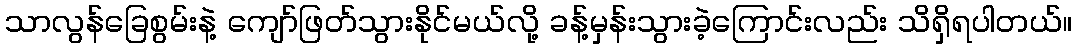
သာလွန်ခြေစွမ်းနဲ့ ကျော်ဖြတ်သွားနိုင်မယ်လို့ ခန့်မှန်းသွားခဲ့ကြောင်းလည်း သိရှိရပါတယ်။